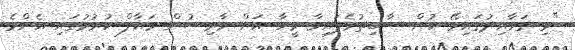
"މި ގަވާއިދުގައިވޭ ކުށް ސާބިތުވެފައިވާ މީހާ އަށް ވާރިސުން މައާފް ކުރުމުގައި އެންމެ